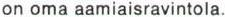
on oma aamiaisravintola.